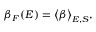
\beta _ { F } ( E ) = \big < \beta \big > _ { E , S } ,